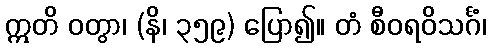
ဣတိ ဝတွာ၊ (နိ၊ ၃၅၉) ပြော၍။ တံ စီဝရဝိသင်္ဂံ၊